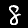
Label: 8